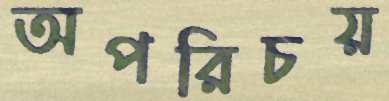
অপরিচয়